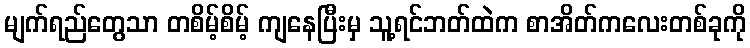
မျက်ရည်တွေသာ တစိမ့်စိမ့် ကျနေပြီးမှ သူ့ရင်ဘတ်ထဲက စာအိတ်ကလေးတစ်ခုကို